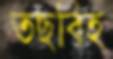
তছবিহ